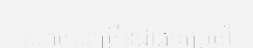
ស៊ុតចូលច្រើនជាងគេប្រចាំ